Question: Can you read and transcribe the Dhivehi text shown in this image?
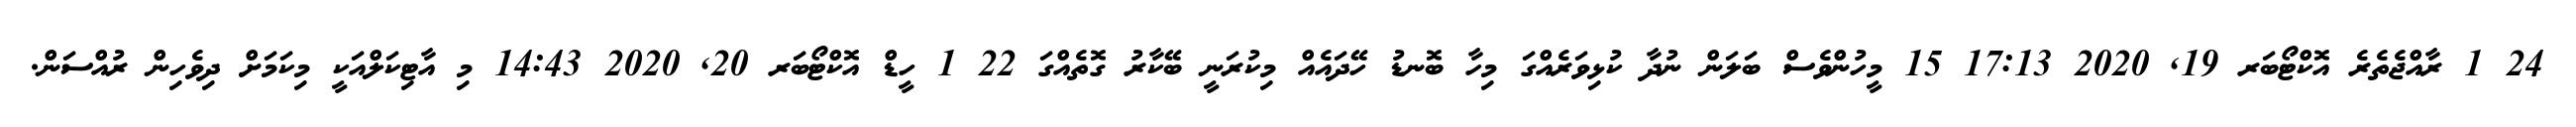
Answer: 24 1 ރާއްޖެތެރެ އޮކްޓޯބަރ 19, 2020 17:13 15 މީހުންވެސް ބަލަން ނުދާ ކުޅިވަރެއްގަ މިހާ ބޮނޑު ހޭދައެއް މިކުރަނީ ބޭކާރު ގޮތެއްގަ 22 1 ހީޑް އޮކްޓޯބަރ 20, 2020 14:43 މި އާޓިކަލްއަކީ މިކަމަށް ދިވެހިން ރުއްސަން.